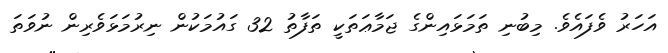
އަހަރު ވެފައެވެ. މިބުނި ތަމަޅައިންގެ ޖަމާޢަތަކީ ތަފާތު 32 ގައުމަކުން ނިރުމަޅަވެރިން ނުވަތަ